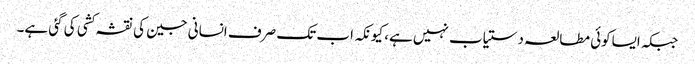
جبکہ ایساکوئی مطالعہ دستیاب نہیں ہے، کیونکہ اب تک صرف انسانی جین کی نقشہ کشی کی گئی ہے۔